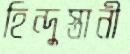
হিন্দুস্তানী